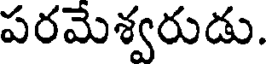
పరమెశ్వరుడు.